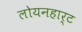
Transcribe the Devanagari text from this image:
लोयनहार्ट